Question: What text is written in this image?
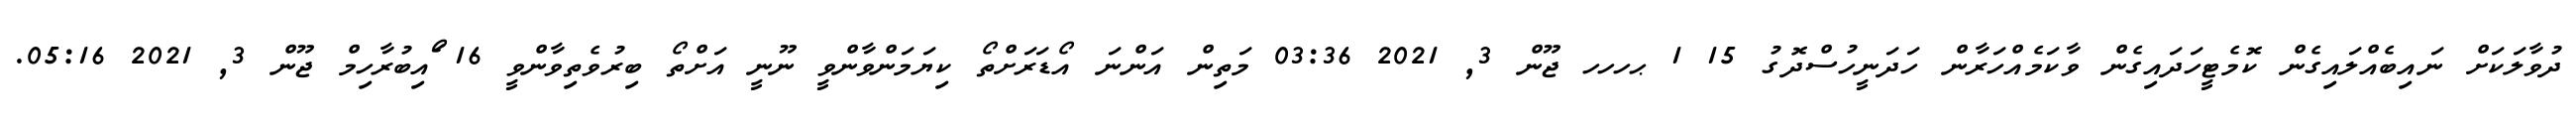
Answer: ދުވާލަކަށް ނައިބެއްލައިގެން ކޮމެޓީހަދައިގެން ވާކަމެއްހަރާން ހަދަނީހުސްދޮގު 15 1 ޙހހހ ޖޫން 3, 2021 03:36 މަތިން އަންނަ އޯޑަރަށްތޯ ކިޔަމަންވާންވީ ނޫނީ އަށްތޯ ބިރުވެތިވާންވީ 16 ޯައިބުރާހިމް ޖޫން 3, 2021 05:16.